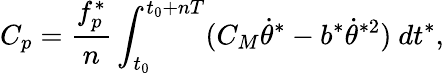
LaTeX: C_{p}=\frac{f_{p}^{*}}{n}\int_{t_{0}}^{t_{0}+nT}(C_{M}\dot{\theta}^{*}-b^{*}\dot{\theta}^{*2})~dt^{*},